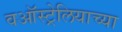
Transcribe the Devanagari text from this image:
वऑस्ट्रेलियाच्या